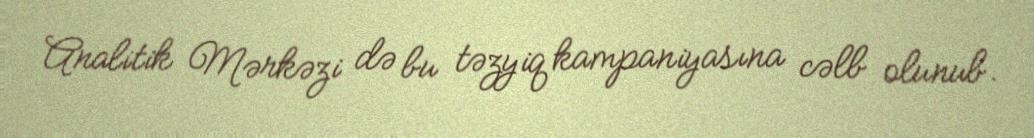
Analitik Mərkəzi də bu təzyiq kampaniyasına cəlb olunub.